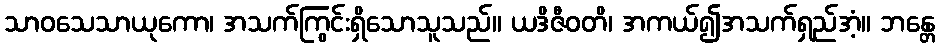
သာဝသေသာယုကော၊ အသက်ကြွင်းရှိသောသူသည်။ ယဒိဇီဝတိ၊ အကယ်၍အသက်ရှည်အံ့။ ဘန္တေ